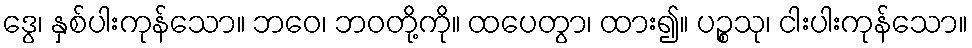
ဒွေ၊ နှစ်ပါးကုန်သော။ ဘဝေ၊ ဘဝတို့ကို။ ထပေတွာ၊ ထား၍။ ပဉ္စသု၊ ငါးပါးကုန်သော။